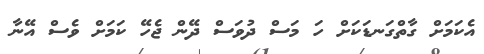
އެކަމަށް ގާތްގަނޑަކަށް ހަ މަސް ދުވަސް ދޭން ޖެހޭ ކަމަށް ވެސް އޭނާ